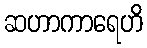
ဆဟာကာရေဟိ